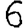
Digit: 6